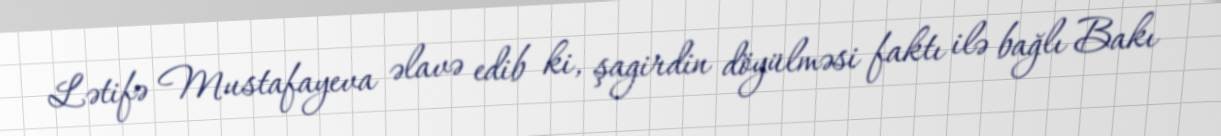
Lətifə Mustafayeva əlavə edib ki, şagirdin döyülməsi faktı ilə bağlı Bakı